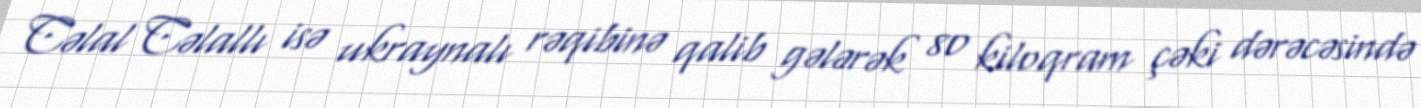
Cəlal Cəlallı isə ukraynalı rəqibinə qalib gələrək 80 kiloqram çəki dərəcəsində